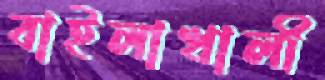
বাইলাখালী